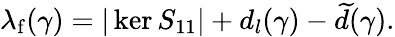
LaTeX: \lambda_{\mathrm{f}}(\gamma)=|\ker S_{11}|+d_{l}(\gamma)-\widetilde d(\gamma).